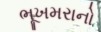
ભૂખમરાનો